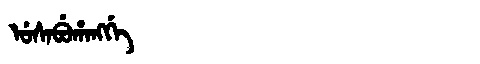
Manchu: ᡠᠰᠠᠪᡠᡥᠠᠩᡤᡝ
Romanization: USABUHANGGE